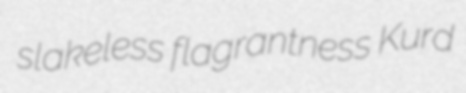
slakeless flagrantness Kurd